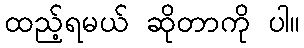
ထည့်ရမယ် ဆိုတာကို ပါ။